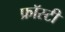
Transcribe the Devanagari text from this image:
फ्रॉस्टी